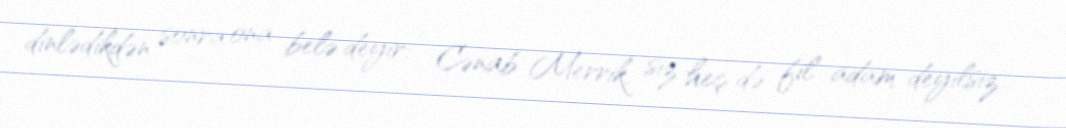
dinlədikdən sonra ona belə deyir: - Cənab Merrik, siz heç də fil adam deyilsiz…